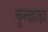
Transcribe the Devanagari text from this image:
कुलहाड़ा